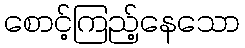
စောင့်ကြည့်နေသော